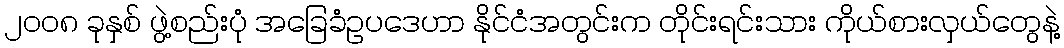
၂၀၀၈ ခုနှစ် ဖွဲ့စည်းပုံ အခြေခံဥပဒေဟာ နိုင်ငံအတွင်းက တိုင်းရင်းသား ကိုယ်စားလှယ်တွေနဲ့